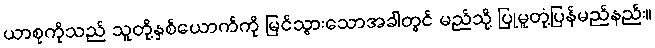
ယာစုကိုသည် သူတို့နှစ်ယောက်ကို မြင်သွားသောအခါတွင် မည်သို့ ပြုမူတုံ့ပြန်မည်နည်း။